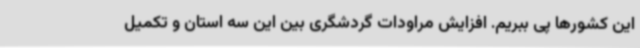
این کشورها پی ببریم. افزایش مراودات گردشگری بین این سه استان و تکمیل